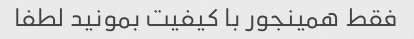
فقط همینجور با کیفیت بمونید لطفا